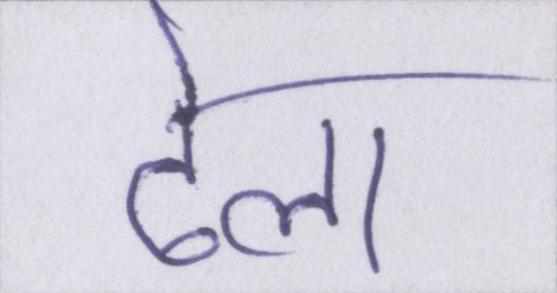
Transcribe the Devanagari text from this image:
ढेला